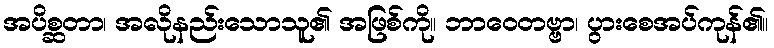
အပိစ္ဆတာ၊ အလိုနည်းသောသူ၏ အဖြစ်ကို။ ဘာဝေတဗ္ဗာ၊ ပွားစေအပ်ကုန်၏။